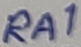
Text: RA1